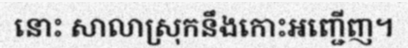
នោះ សាលាស្រុកនឹងកោះអញ្ជើញ។